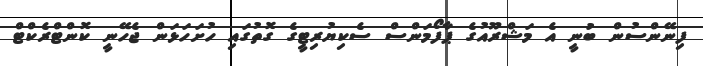
ފިނޭންސުން ބުނީ އެ މަޝްރޫއުގެ ޕާފޯމަންސް ސެކިޔުރިޓީގެ ގޮތުގައި ހުށަހަޅަން ޖެހޭނީ ކޮންޓްރެކްޓް